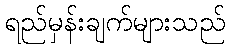
ရည်မှန်းချက်များသည်